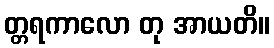
တ္တရကာလော တု အာယတိ။